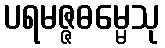
ပရမဇ္ဇဓမ္မေသု